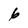
Character: 6